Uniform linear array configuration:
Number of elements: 8
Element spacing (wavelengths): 0.25
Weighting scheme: hann
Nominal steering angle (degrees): -60
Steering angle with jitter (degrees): -61.07
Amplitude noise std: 0.05
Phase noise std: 0.05

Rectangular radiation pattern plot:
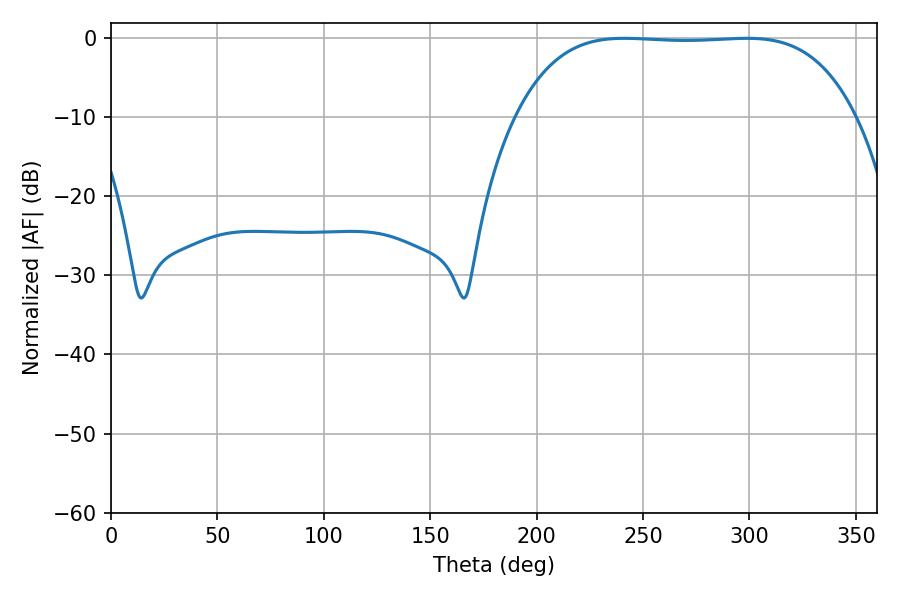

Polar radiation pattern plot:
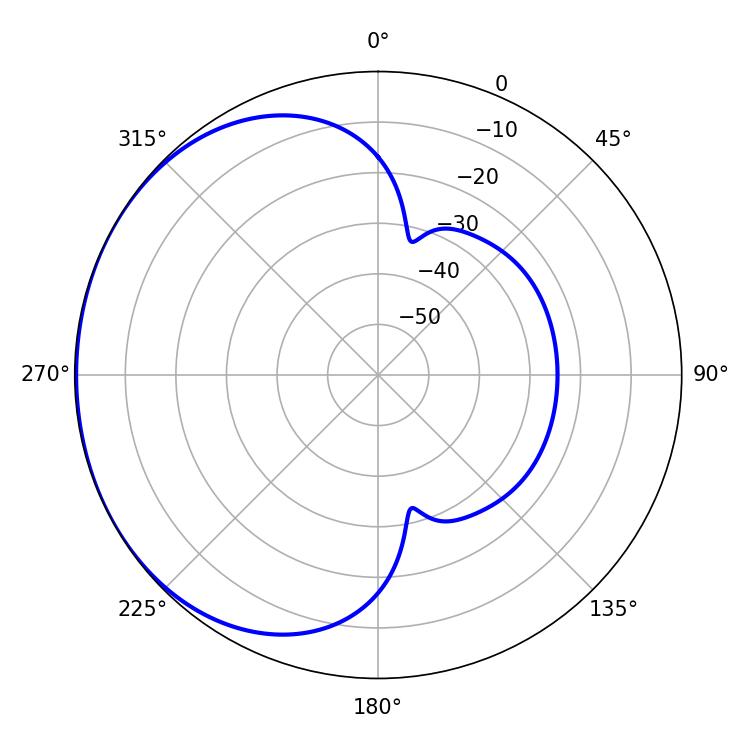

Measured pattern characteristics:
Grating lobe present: FALSE
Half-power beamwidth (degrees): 123.84
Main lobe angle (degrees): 298.8